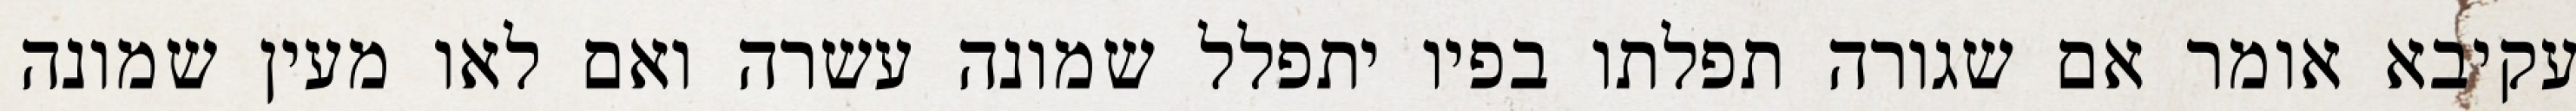
עקיבא אומר אם שגורה תפלתו בפיו יתפלל שמונה עשרה ואם לאו מעין שמונה